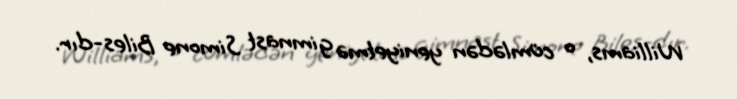
Williams, o cümlədən yeniyetmə gimnast Simone Biles-dır.